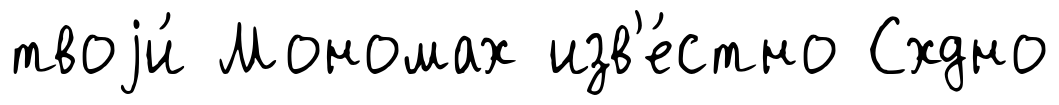
твоjи́ Мономах изв'е́стно Схдно